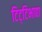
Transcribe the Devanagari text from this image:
टिट्‌टिभाद्या